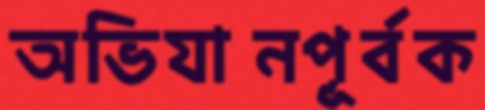
অভিযানপূর্বক